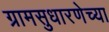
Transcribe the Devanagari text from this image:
ग्रामसुधारणेच्या